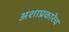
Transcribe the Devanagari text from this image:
अशाप्रकारेच